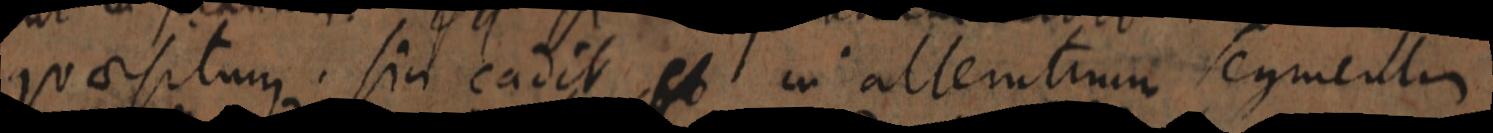
quaesitum sin eadit et in alteritium segmentur